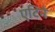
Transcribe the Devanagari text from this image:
एटिने